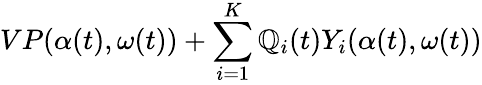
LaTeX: VP(\alpha(t),\omega(t))+\sum_{i=1}^{K}\mathbb{Q}_{i}(t)Y_{i}(\alpha(t),\omega(t))